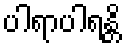
ပါရာပါရန္တိ